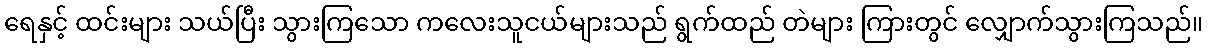
ရေနှင့် ထင်းများ သယ်ပြီး သွားကြသော ကလေးသူငယ်များသည် ရွက်ထည် တဲများ ကြားတွင် လျှောက်သွားကြသည်။